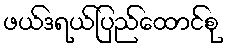
ဖယ်ဒရယ်ပြည်ထောင်စု